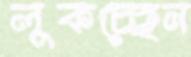
লুকচ্ছেন